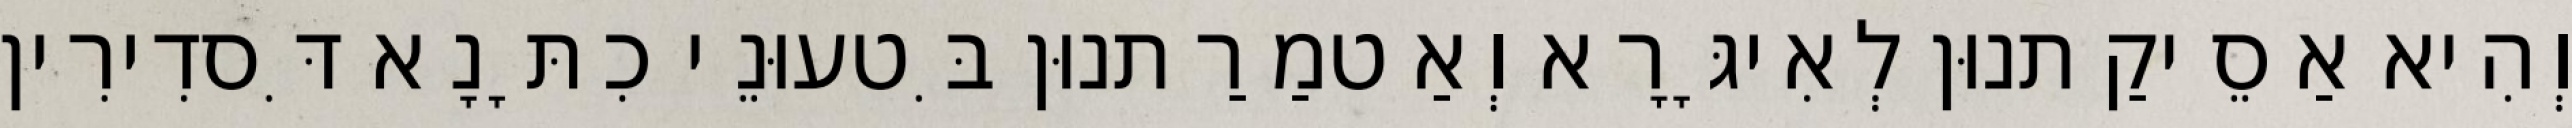
וְהִיא אַסֵיקַתנוּן לְאִיגָּרָא וְאַטמַרַתנוּן בִּטעוּנֵי כִתָּנָא דִּסדִירִין